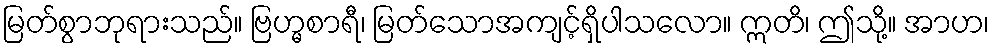
မြတ်စွာဘုရားသည်။ ဗြဟ္မစာရီ၊ မြတ်သောအကျင့်ရှိပါသလော။ ဣတိ၊ ဤသို့။ အာဟ၊